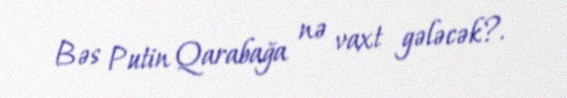
Bəs Putin Qarabağa nə vaxt gələcək?.